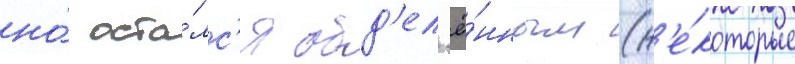
но́ оста́лс'я обд'ел'ё́нным (н'е́которые